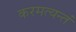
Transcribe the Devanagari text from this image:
करमत्यन्तं